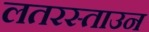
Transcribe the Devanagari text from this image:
लतरस्ताउन